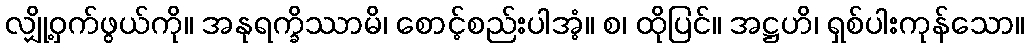
လျှို့ဝှက်ဖွယ်ကို။ အနုရက္ခိဿာမိ၊ စောင့်စည်းပါအံ့။ စ၊ ထိုပြင်။ အဋ္ဌဟိ၊ ရှစ်ပါးကုန်သော။